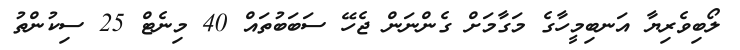
ލޯބިވެރިޔާ އަނބިމީހާގެ މަގާމަށް ގެންނަން ޖެހޭ ސަބަބުތައް 40 މިނެޓް 25 ސިކުންތު